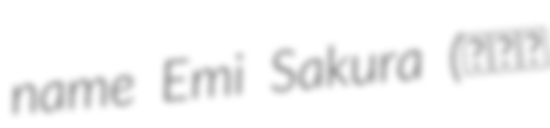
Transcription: name Emi Sakura (さくら